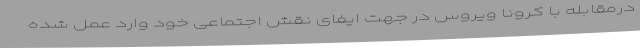
درمقابله با کرونا ویروس در جهت ایفای نقش اجتماعی خود وارد عمل شده